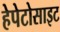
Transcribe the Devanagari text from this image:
हेपेटोसाइट